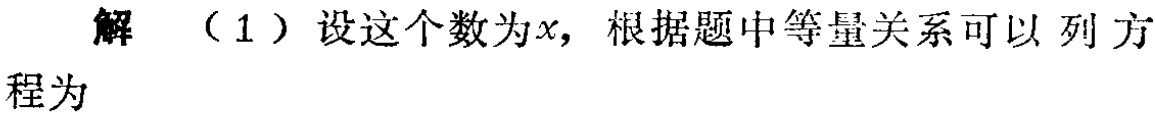
解 （1）设这个数为\(x\)，根据题中等量关系可以列方程为